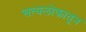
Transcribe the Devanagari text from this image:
सत्यलोकातून